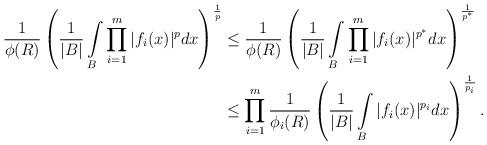
LaTeX: \begin{align*}\frac{1}{\phi(R)}\left(\frac{1}{|B|} \int\limits_{B}\prod\limits_{i=1}^m |f_i(x)|^{p}dx \right)^{\frac{1}{p}} &\le\frac{1}{\phi(R)}\left(\frac{1}{|B|} \int\limits_{B}\prod\limits_{i=1}^m |f_i(x)|^{p^*}dx \right)^{\frac{1}{p^*}}\\&\le \prod\limits_{i=1}^m \frac{1}{\phi_i(R)} \left(\frac{1}{|B|} \int\limits_{B}|f_i(x)|^{p_i}dx \right)^{\frac{1}{p_i}}.\end{align*}